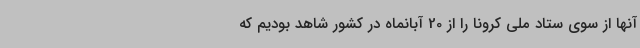
آنها از سوی ستاد ملی کرونا را از 20 آبانماه در کشور شاهد بودیم که